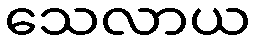
သေလာယ